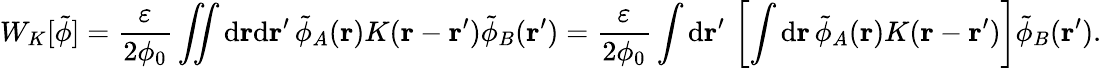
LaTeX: W_{K}[\tilde{\phi}]=\frac{\varepsilon}{2\phi_{0}}\iint\mathrm{d}\mathbf{r}\mathrm{d}\mathbf{r}^{\prime}\, \tilde{\phi}_{A}(\mathbf{r})K(\mathbf{r}-\mathbf{r}^{\prime})\tilde{\phi}_{B}(\mathbf{r}^{\prime})=\frac{\varepsilon}{2\phi_{0}}\int\mathrm{d}\mathbf{r}^{\prime}\, \left[\int\mathrm{d}\mathbf{r}\, \tilde{\phi}_{A}(\mathbf{r})K(\mathbf{r}-\mathbf{r}^{\prime})\right]\tilde{\phi}_{B}(\mathbf{r}^{\prime}).